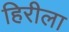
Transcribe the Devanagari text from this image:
हिरीला